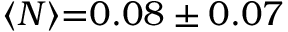
\langle N \rangle { = } 0 . 0 8 \pm 0 . 0 7